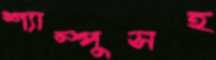
শ্যাম্পুসহ